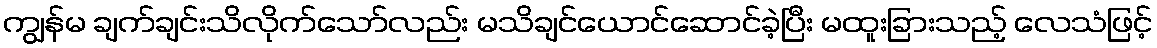
ကျွန်မ ချက်ချင်းသိလိုက်သော်လည်း မသိချင်ယောင်ဆောင်ခဲ့ပြီး မထူးခြားသည့် လေသံဖြင့်